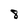
Character: 8